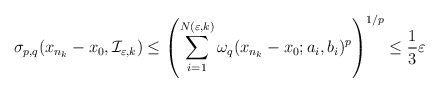
\begin{align*} \sigma_{p,q}(x_{n_k}-x_0,\mathcal I_{\varepsilon,k}) \leq \left(\sum_{i=1}^{N(\varepsilon,k)} \omega_q(x_{n_k}-x_0; a_i, b_i)^p\right)^{1/p} \leq \frac{1}{3}\varepsilon\end{align*}